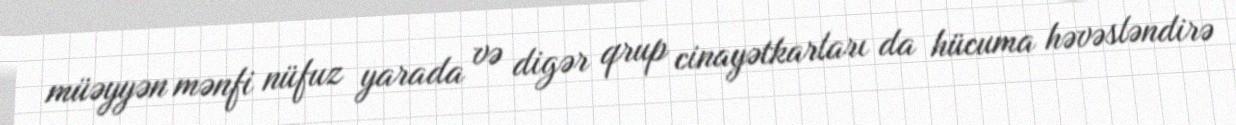
müəyyən mənfi nüfuz yarada və digər qrup cinayətkarları da hücuma həvəsləndirə